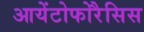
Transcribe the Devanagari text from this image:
आयेंटोफोरैसिस